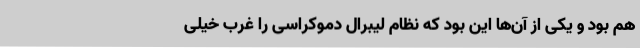
هم بود و یکی از آن‌ها این بود که نظام لیبرال دموکراسی را غرب خیلی